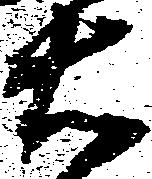
右